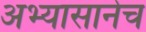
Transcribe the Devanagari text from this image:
अभ्यासानेच